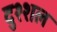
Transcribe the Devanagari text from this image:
दुश्शल